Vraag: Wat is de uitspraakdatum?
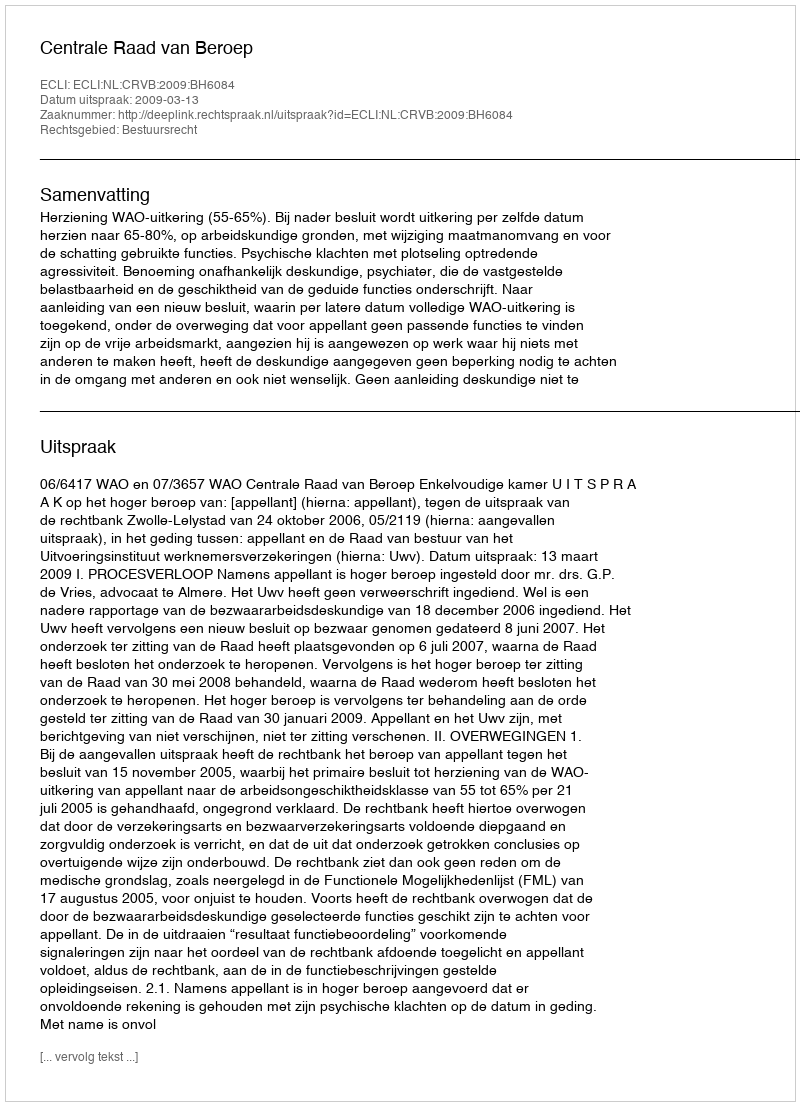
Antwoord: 2009-03-13